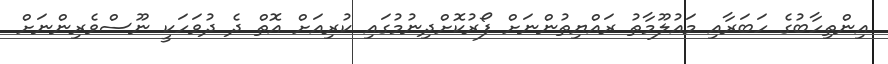
އިންތިހާބުގެ ހަބަރާއި މައުލޫމާތު ރައްޔިތުންނަށް ފޯރުކޮށްދިނުމުގައި ކުރިއަށް އޮތް ދެ ދުވަހަކީ ނޫސްވެރިންނަށް